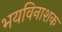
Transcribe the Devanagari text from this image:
भयविनाशक